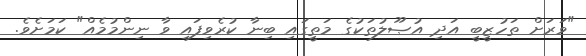
"ވަރަށް ތަހުޒީބީ އަދި އުޞޫލުތަކުގެ މަތީގައި ބިނާ ކުރެވިފައި ވާ ނިންމުމެއް" ކަމަށެވެ.